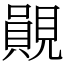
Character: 䚋